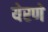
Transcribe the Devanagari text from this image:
येरणे